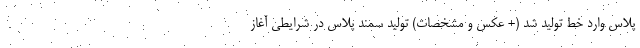
پلاس وارد خط تولید شد (+ عکس و مشخصات) تولید سمند پلاس در شرایطی آغاز